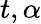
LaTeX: t,\alpha